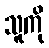
သူကို